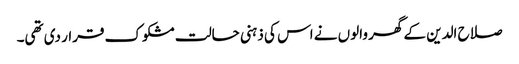
صلاح الدین کے گھر والوں نے اس کی ذہنی حالت مشکوک قرار دی تھی۔